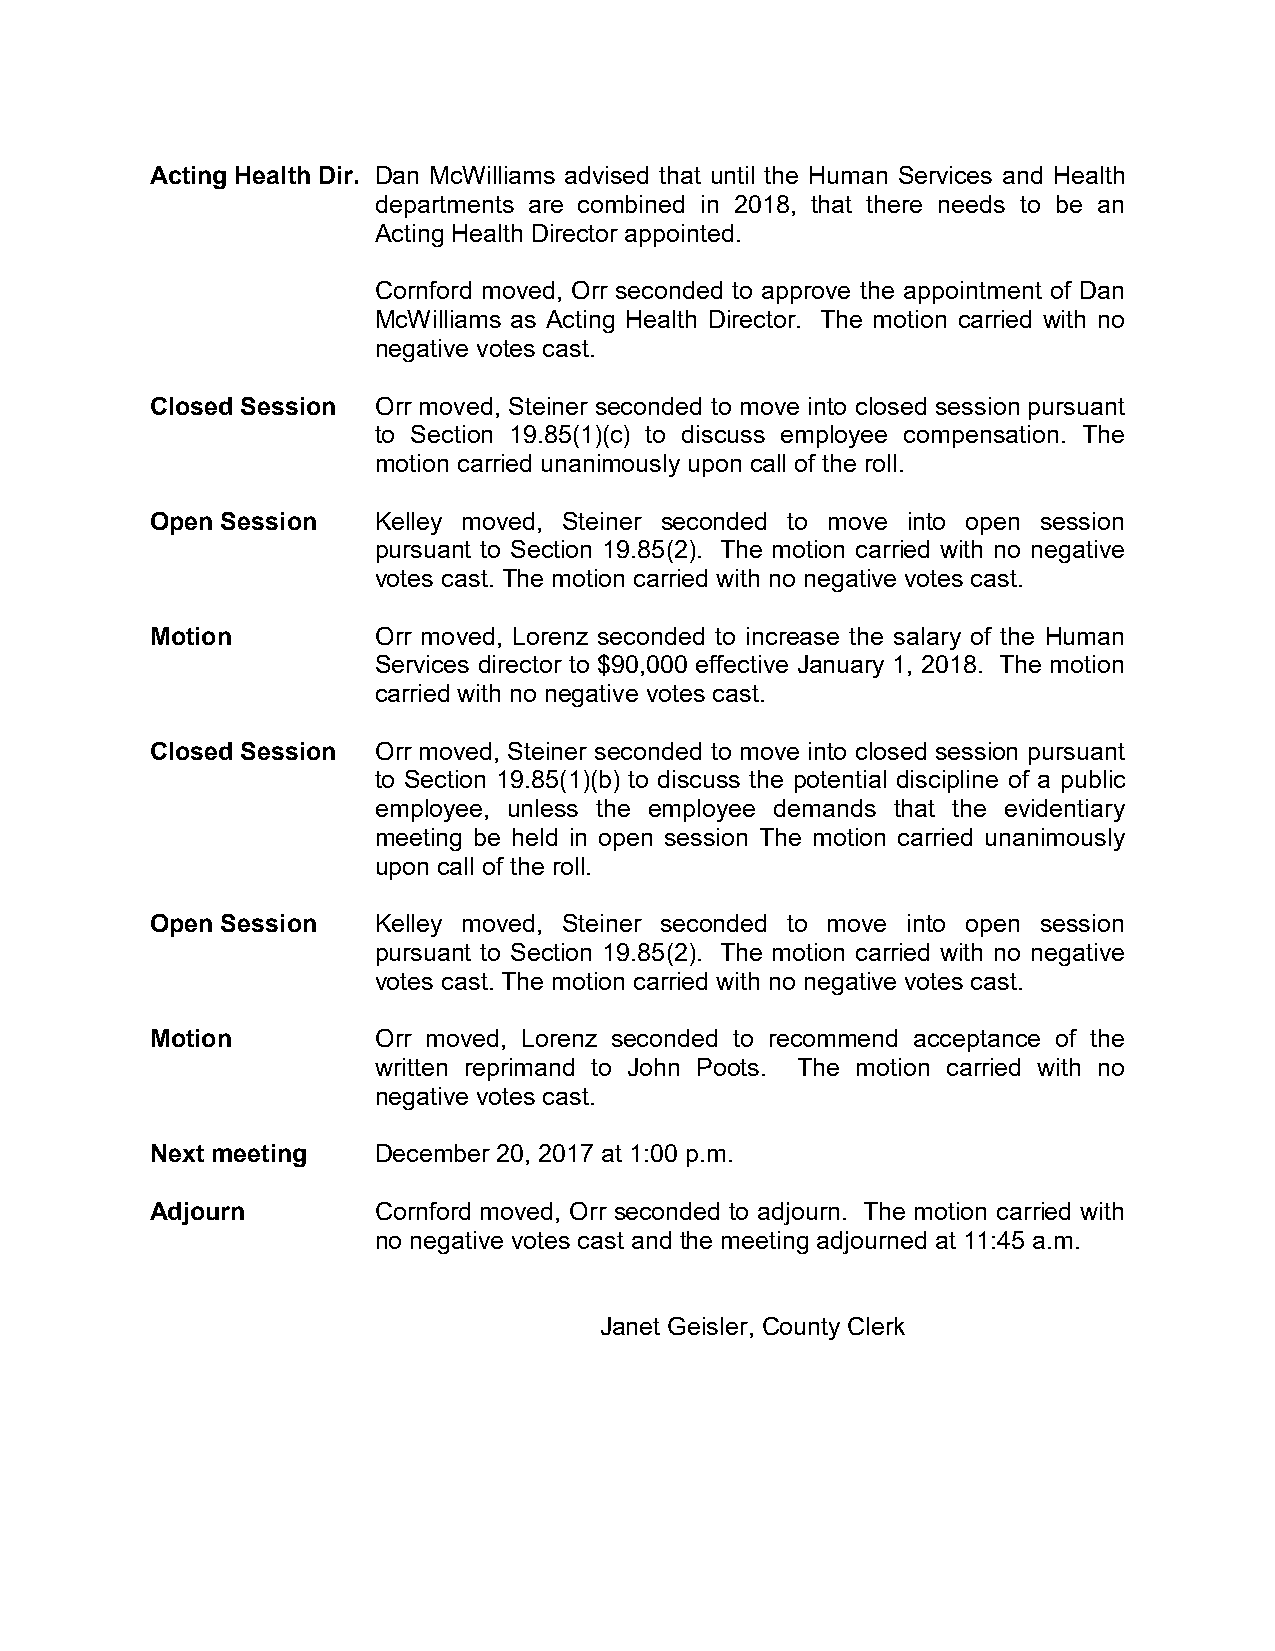
Acting Health Dir. Dan McWilliams advised that until the Human Services and Health
 departments are combined in 2018, that there needs to be an
 Acting Health Director appointed.
 Cornford moved, Orr seconded to approve the appointment of Dan
 McWilliams as Acting Health Director. The motion carried with no
 negative votes cast.
 Closed Session Orr moved, Steiner seconded to move into closed session pursuant
 to Section 19.85(1)(c) to discuss employee compensation. The
 motion carried unanimously upon call of the roll.
 Open Session   Kelley moved, Steiner seconded to move into open session
 pursuant to Section 19.85(2). The motion carried with no negative
 votes cast. The motion carried with no negative votes cast.
 Motion         Orr moved, Lorenz seconded to increase the salary of the Human
 Services director to $90,000 effective January 1, 2018. The motion
 carried with no negative votes cast.
 Closed Session Orr moved, Steiner seconded to move into closed session pursuant
 to Section 19.85(1)(b) to discuss the potential discipline of a public
 employee, unless the employee demands that the evidentiary
 meeting be held in open session The motion carried unanimously
 upon call of the roll.
 Open Session   Kelley moved, Steiner seconded to move into open session
 pursuant to Section 19.85(2). The motion carried with no negative
 votes cast. The motion carried with no negative votes cast.
 Motion         Orr moved, Lorenz seconded to recommend acceptance of the
 written reprimand to John Poots. The motion carried with no
 negative votes cast.
 Next meeting   December 20, 2017 at 1:00 p.m.
 Adjourn        Cornford moved, Orr seconded to adjourn. The motion carried with
 no negative votes cast and the meeting adjourned at 11:45 a.m.
 Janet Geisler, County Clerk